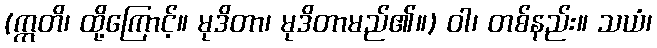
(ဣတိ၊ ထို့ကြောင့်။ မုဒိတာ၊ မုဒိတာမည်၏။) ဝါ၊ တစ်နည်း။ သယံ၊